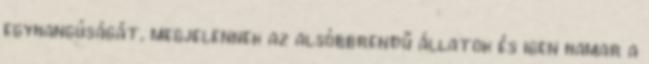
egyhangúságát, megjelennek az alsóbbrendű állatok és igen hamar a